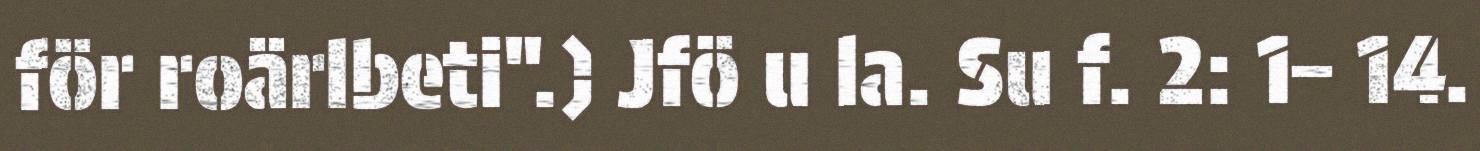
för roärlbeti".) Jfö u la. Su f. 2: 1– 14.